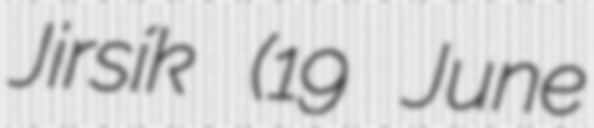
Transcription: Jirsík (19 June